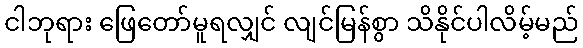
ငါဘုရား ဖြေတော်မူရလျှင် လျင်မြန်စွာ သိနိုင်ပါလိမ့်မည်